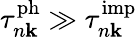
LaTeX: \tau_{n\mathbf k}^{\mathrm{ph}}\gg\tau_{n\mathbf k}^{\mathrm{imp}}